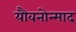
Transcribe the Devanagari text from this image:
यौवनोन्माद